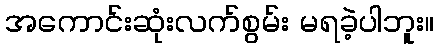
အကောင်းဆုံးလက်စွမ်း မရခဲ့ပါဘူး။